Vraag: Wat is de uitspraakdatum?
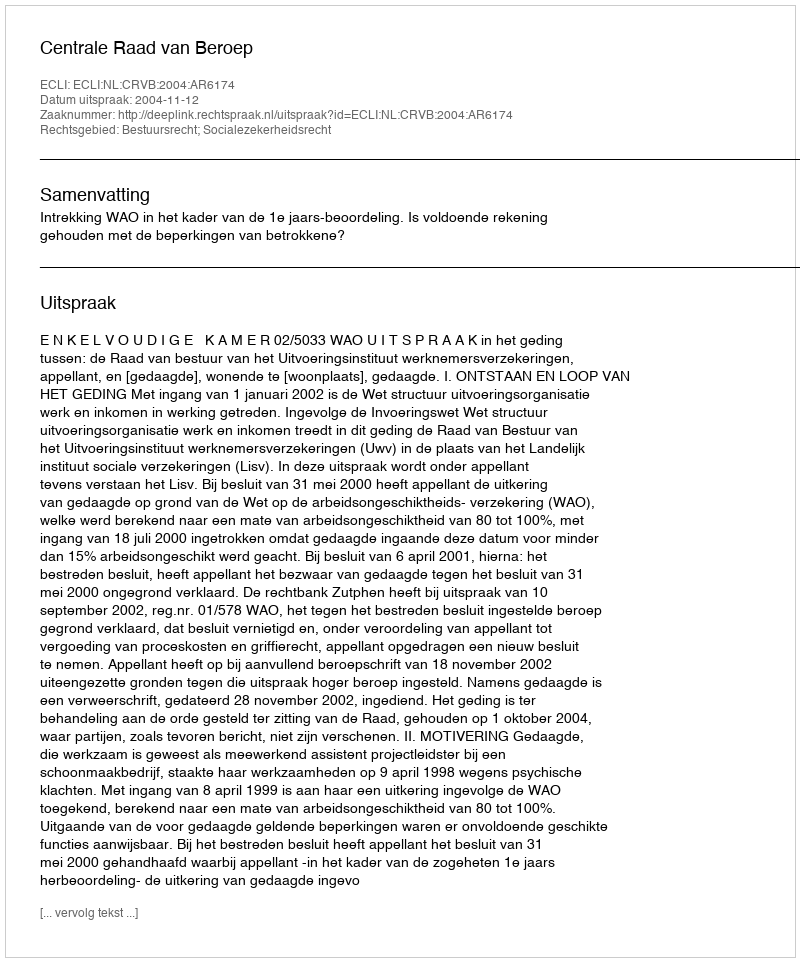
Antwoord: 2004-11-12